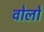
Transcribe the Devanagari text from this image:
वोलो